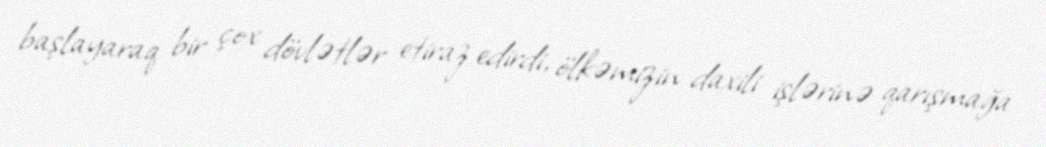
başlayaraq bir çox dövlətlər etiraz edirdi, ölkəmizin daxili işlərinə qarışmağa